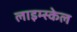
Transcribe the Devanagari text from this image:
लाइम्स्केल